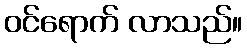
ဝင်ရောက် လာသည်။